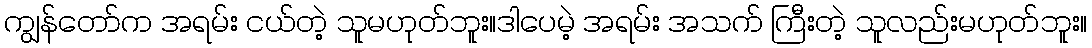
ကျွန်တော်က အရမ်း ငယ်တဲ့ သူမဟုတ်ဘူး။ဒါပေမဲ့ အရမ်း အသက် ကြီးတဲ့ သူလည်းမဟုတ်ဘူး။